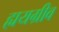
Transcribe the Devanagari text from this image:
ह्ययग्रीव